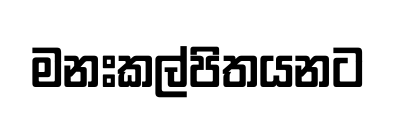
මනඃකල්පිතයනට